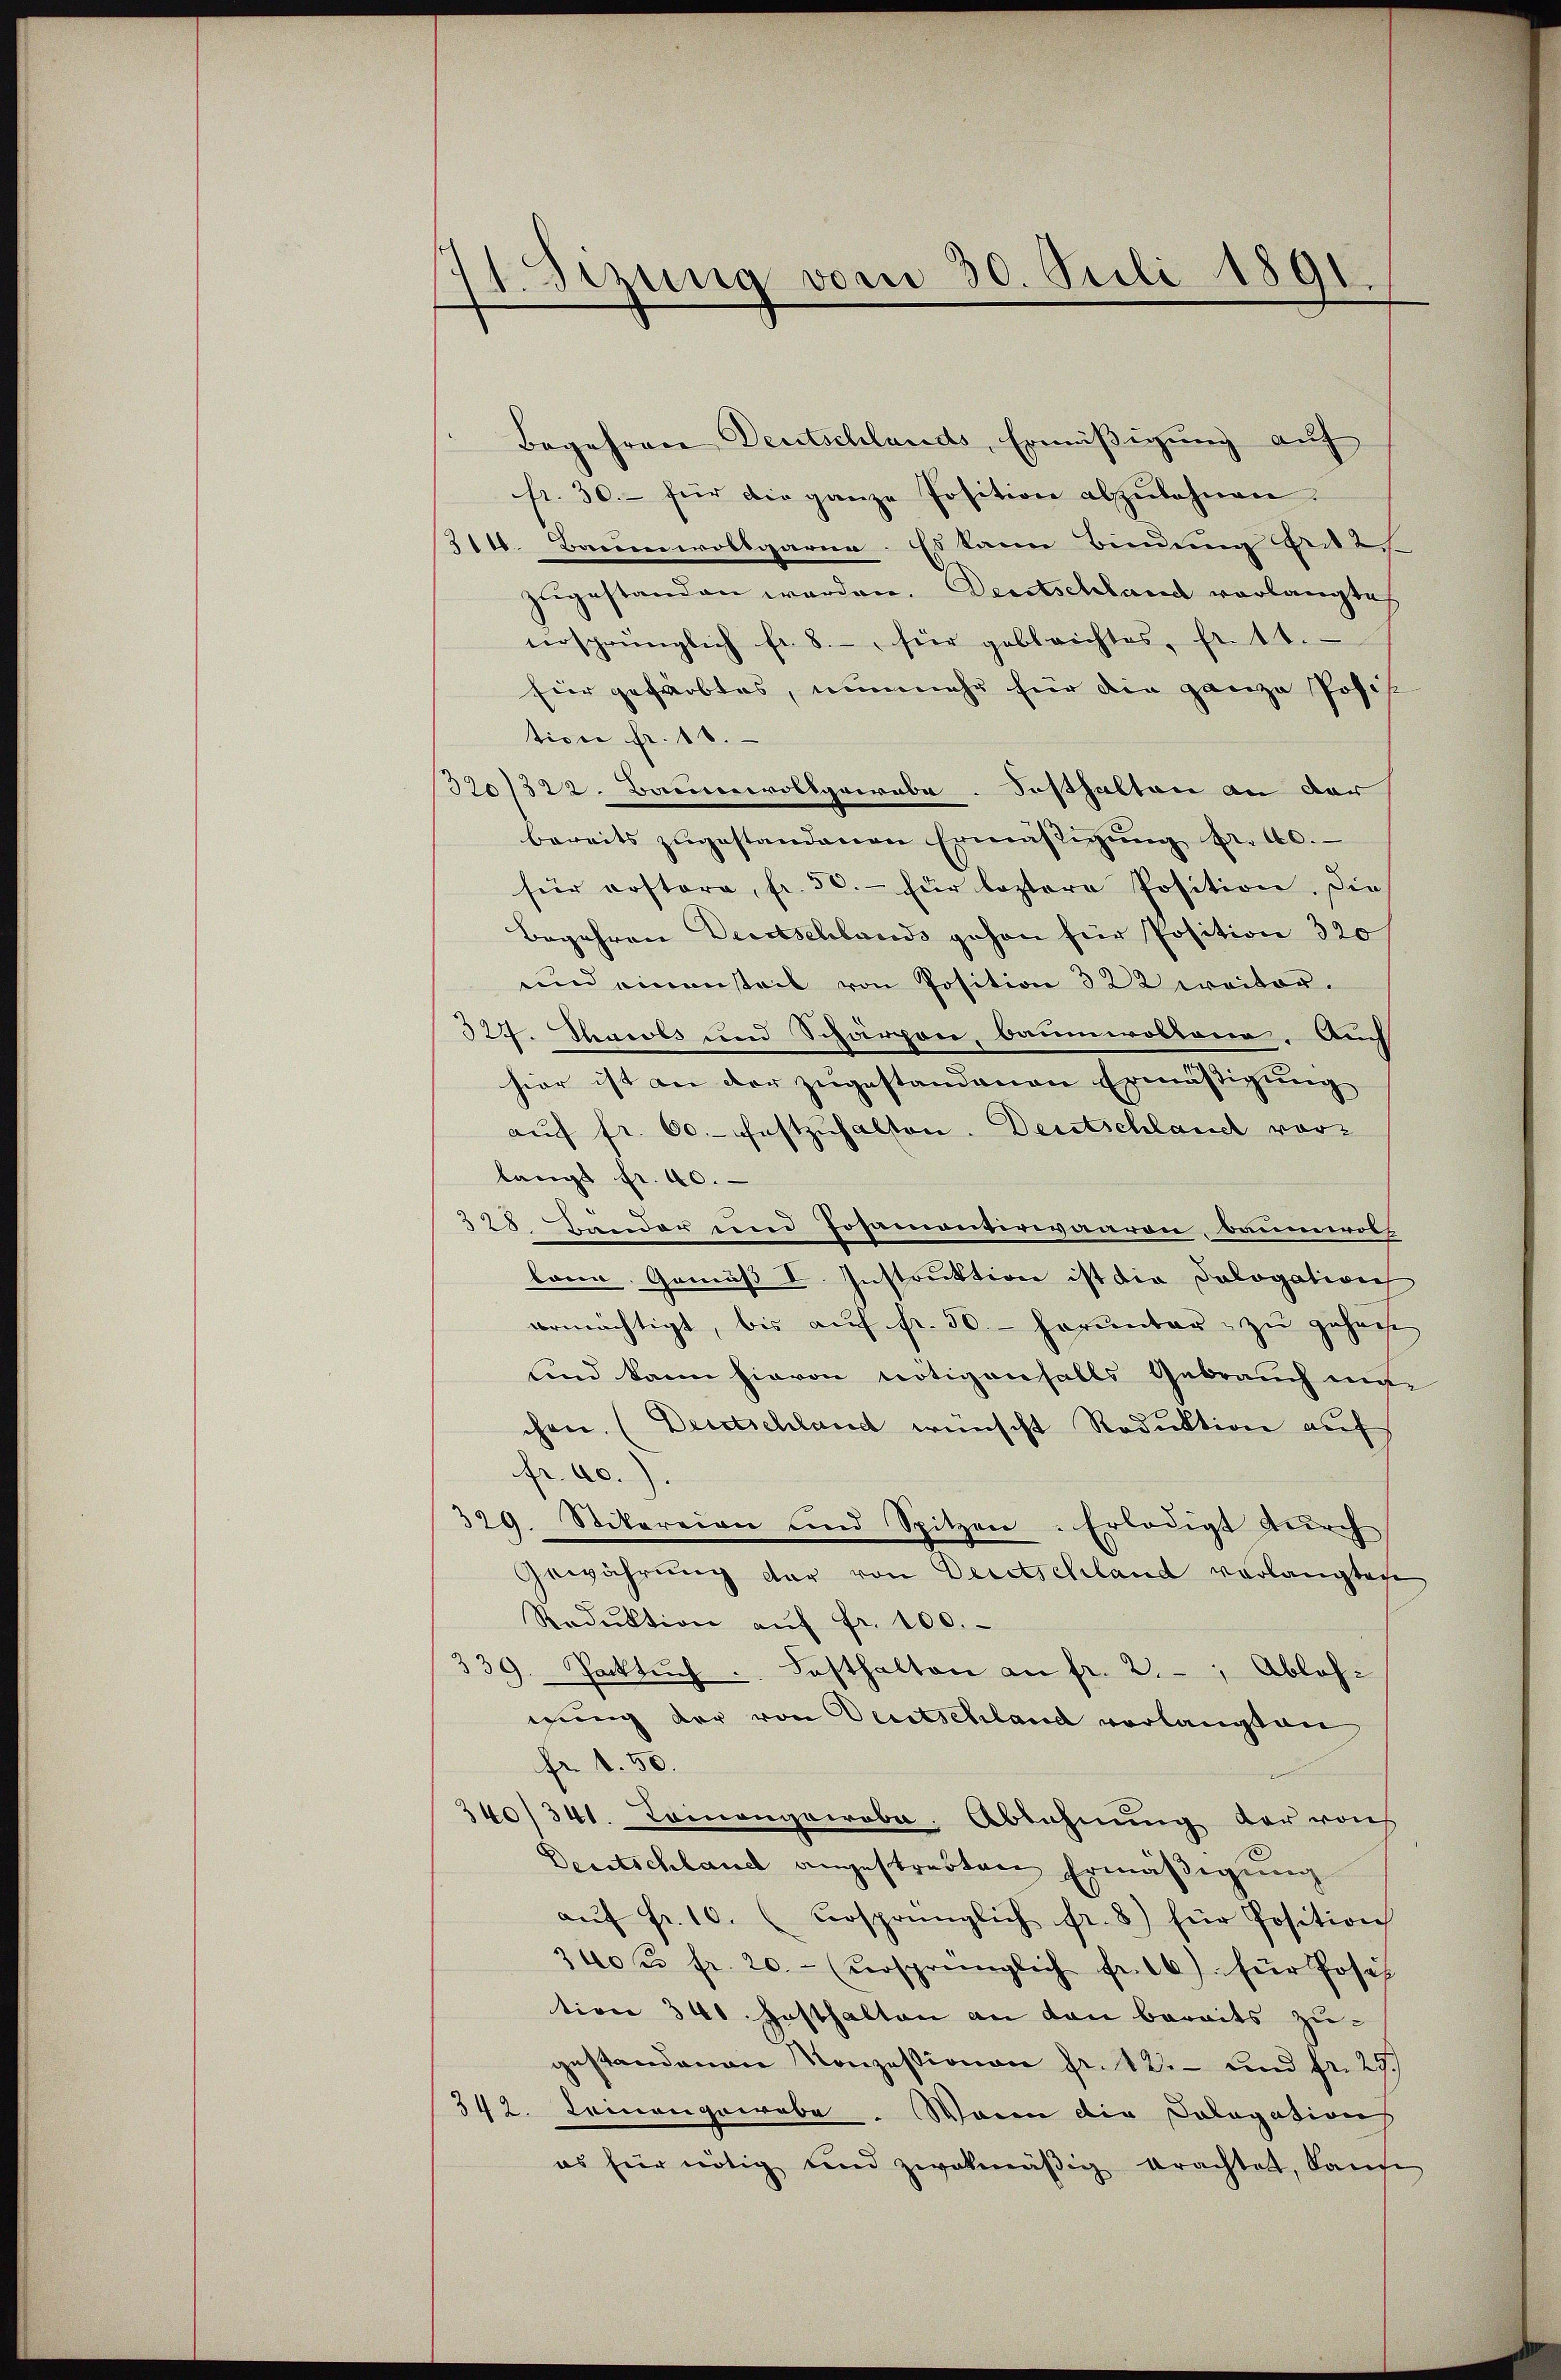
11. Sizung vom 30. Juli 1891.

Begehren Deutschlands, Ermäßigung auf
fr. 30.- für die ganze Position abzulehnen.
314. Baumwollgarna. Es kann bindung Fr. 2
zugestanden werden. Deutschland verlangte
ursprünglich fr. 8. für geblrichtes, Fr. 11.
für gefärbtes, nunmehr hier die ganze Posis
tion fr. 18.
320/322. Baumwollgarabe. Festhalten an der
bereits zugestandenen Ermäßigung fr. 40.
für erstore, fr. 50.- für leztere Position. Die
Begehren Deutschlands gehen für Position 320
und einensteil von Position 322 ereiter.
324. Shawls und Schärpon, baumwollona. Auch
hier ist an der zugestandenen Ermäßigung
aŭf fr. 60. festzuhalten. Deutschlauch vorlangt fr. 40.
328. Bunder und Posamanverwaaren, baumwoll
kann. Gemäß I. Instruktion ist die Pologation
ermächtigt, bis auf fr. 30. herunter zu gehalt
Kind kann hievon nötigenfalls Gebrauch ma
chen. (Deutschland wünscht Reduktion auf
fr. 60.).
329. Stikareien und Spitzen. Erledigt dŭrch
Gewährung der von Deretschland verlangteche
Redŭktion aŭf fr. 100.
339. Rocksŭch .. Fasthalten an fr. 2. - Ablehigung der von Deutschland verlangten
fr. 1. 50.
340/341. Comongowobe. Ablehnung der von
Deutschland angestrebten Ermäßigung
aŭf fr. 10. (vorsprünglich fr. 8) für Position
340 fr. 20.- (ursprünglich fr. 16) für Josef
tion 341 Gasthalten an dan beraits zugestandenen Konzessionen fr. 12.- und fr. 29./
342. Leinengewebe. Waren die Cologativer
es für nötig und zwekmäβig erachtet, kaufe